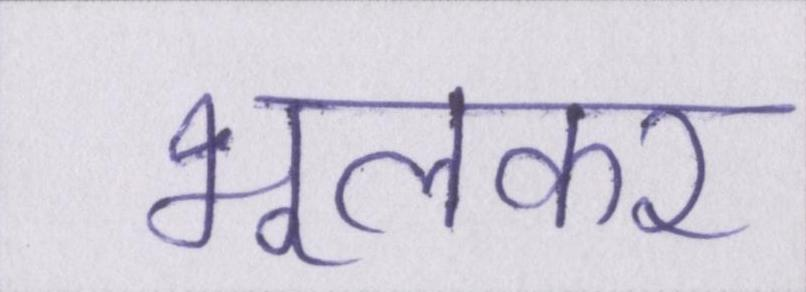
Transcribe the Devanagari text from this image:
भूलकर